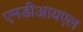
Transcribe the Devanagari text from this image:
एमडीआयएल